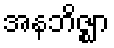
အနဘိဇ္ဈာ